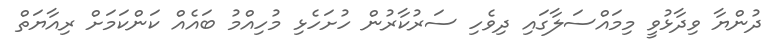
ދުންޔާ ވިދާޅުވީ މިމައްސަލާގައި ދިވެހި ސަރުކާރުން ހުށަހެޅި މުހިއްމު ބައެއް ކަންކަމަށް ރިއާޔަތް